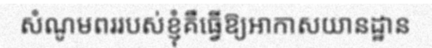
សំណូមពររបស់ខ្ញុំគឺធ្វើឱ្យអាកាសយានដ្ឋាន